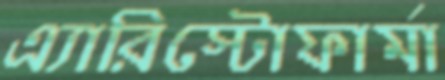
এ্যারিস্টোফার্মা